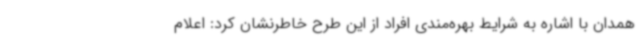
همدان با اشاره به شرایط بهره‌مندی افراد از این طرح خاطرنشان کرد: اعلام